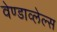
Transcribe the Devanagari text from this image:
वेण्डाव्लेल्स